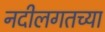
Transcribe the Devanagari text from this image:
नदीलगतच्या